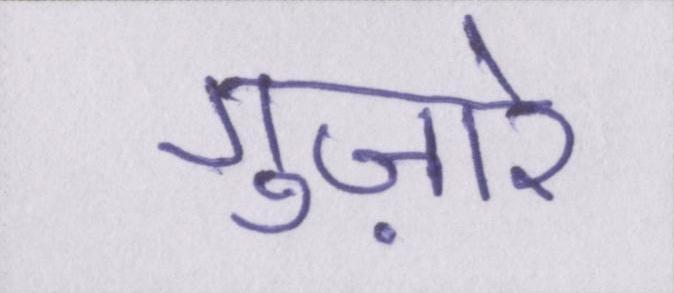
गुज़ारे